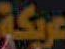
عريكة